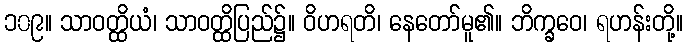
၁၀၉။ သာဝတ္ထိယံ၊ သာဝတ္ထိပြည်၌။ ဝိဟရတိ၊ နေတော်မူ၏။ ဘိက္ခဝေ၊ ရဟန်းတို့။